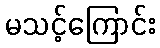
မသင့်ကြောင်း